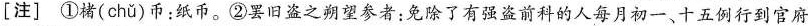
[注] ①褚(chǔ)币：纸币。②罢旧盗之朔望参者：免除了有强盗前科的人每月初一、十五例行到官府